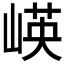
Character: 𱛻